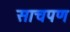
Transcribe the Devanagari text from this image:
साचपण